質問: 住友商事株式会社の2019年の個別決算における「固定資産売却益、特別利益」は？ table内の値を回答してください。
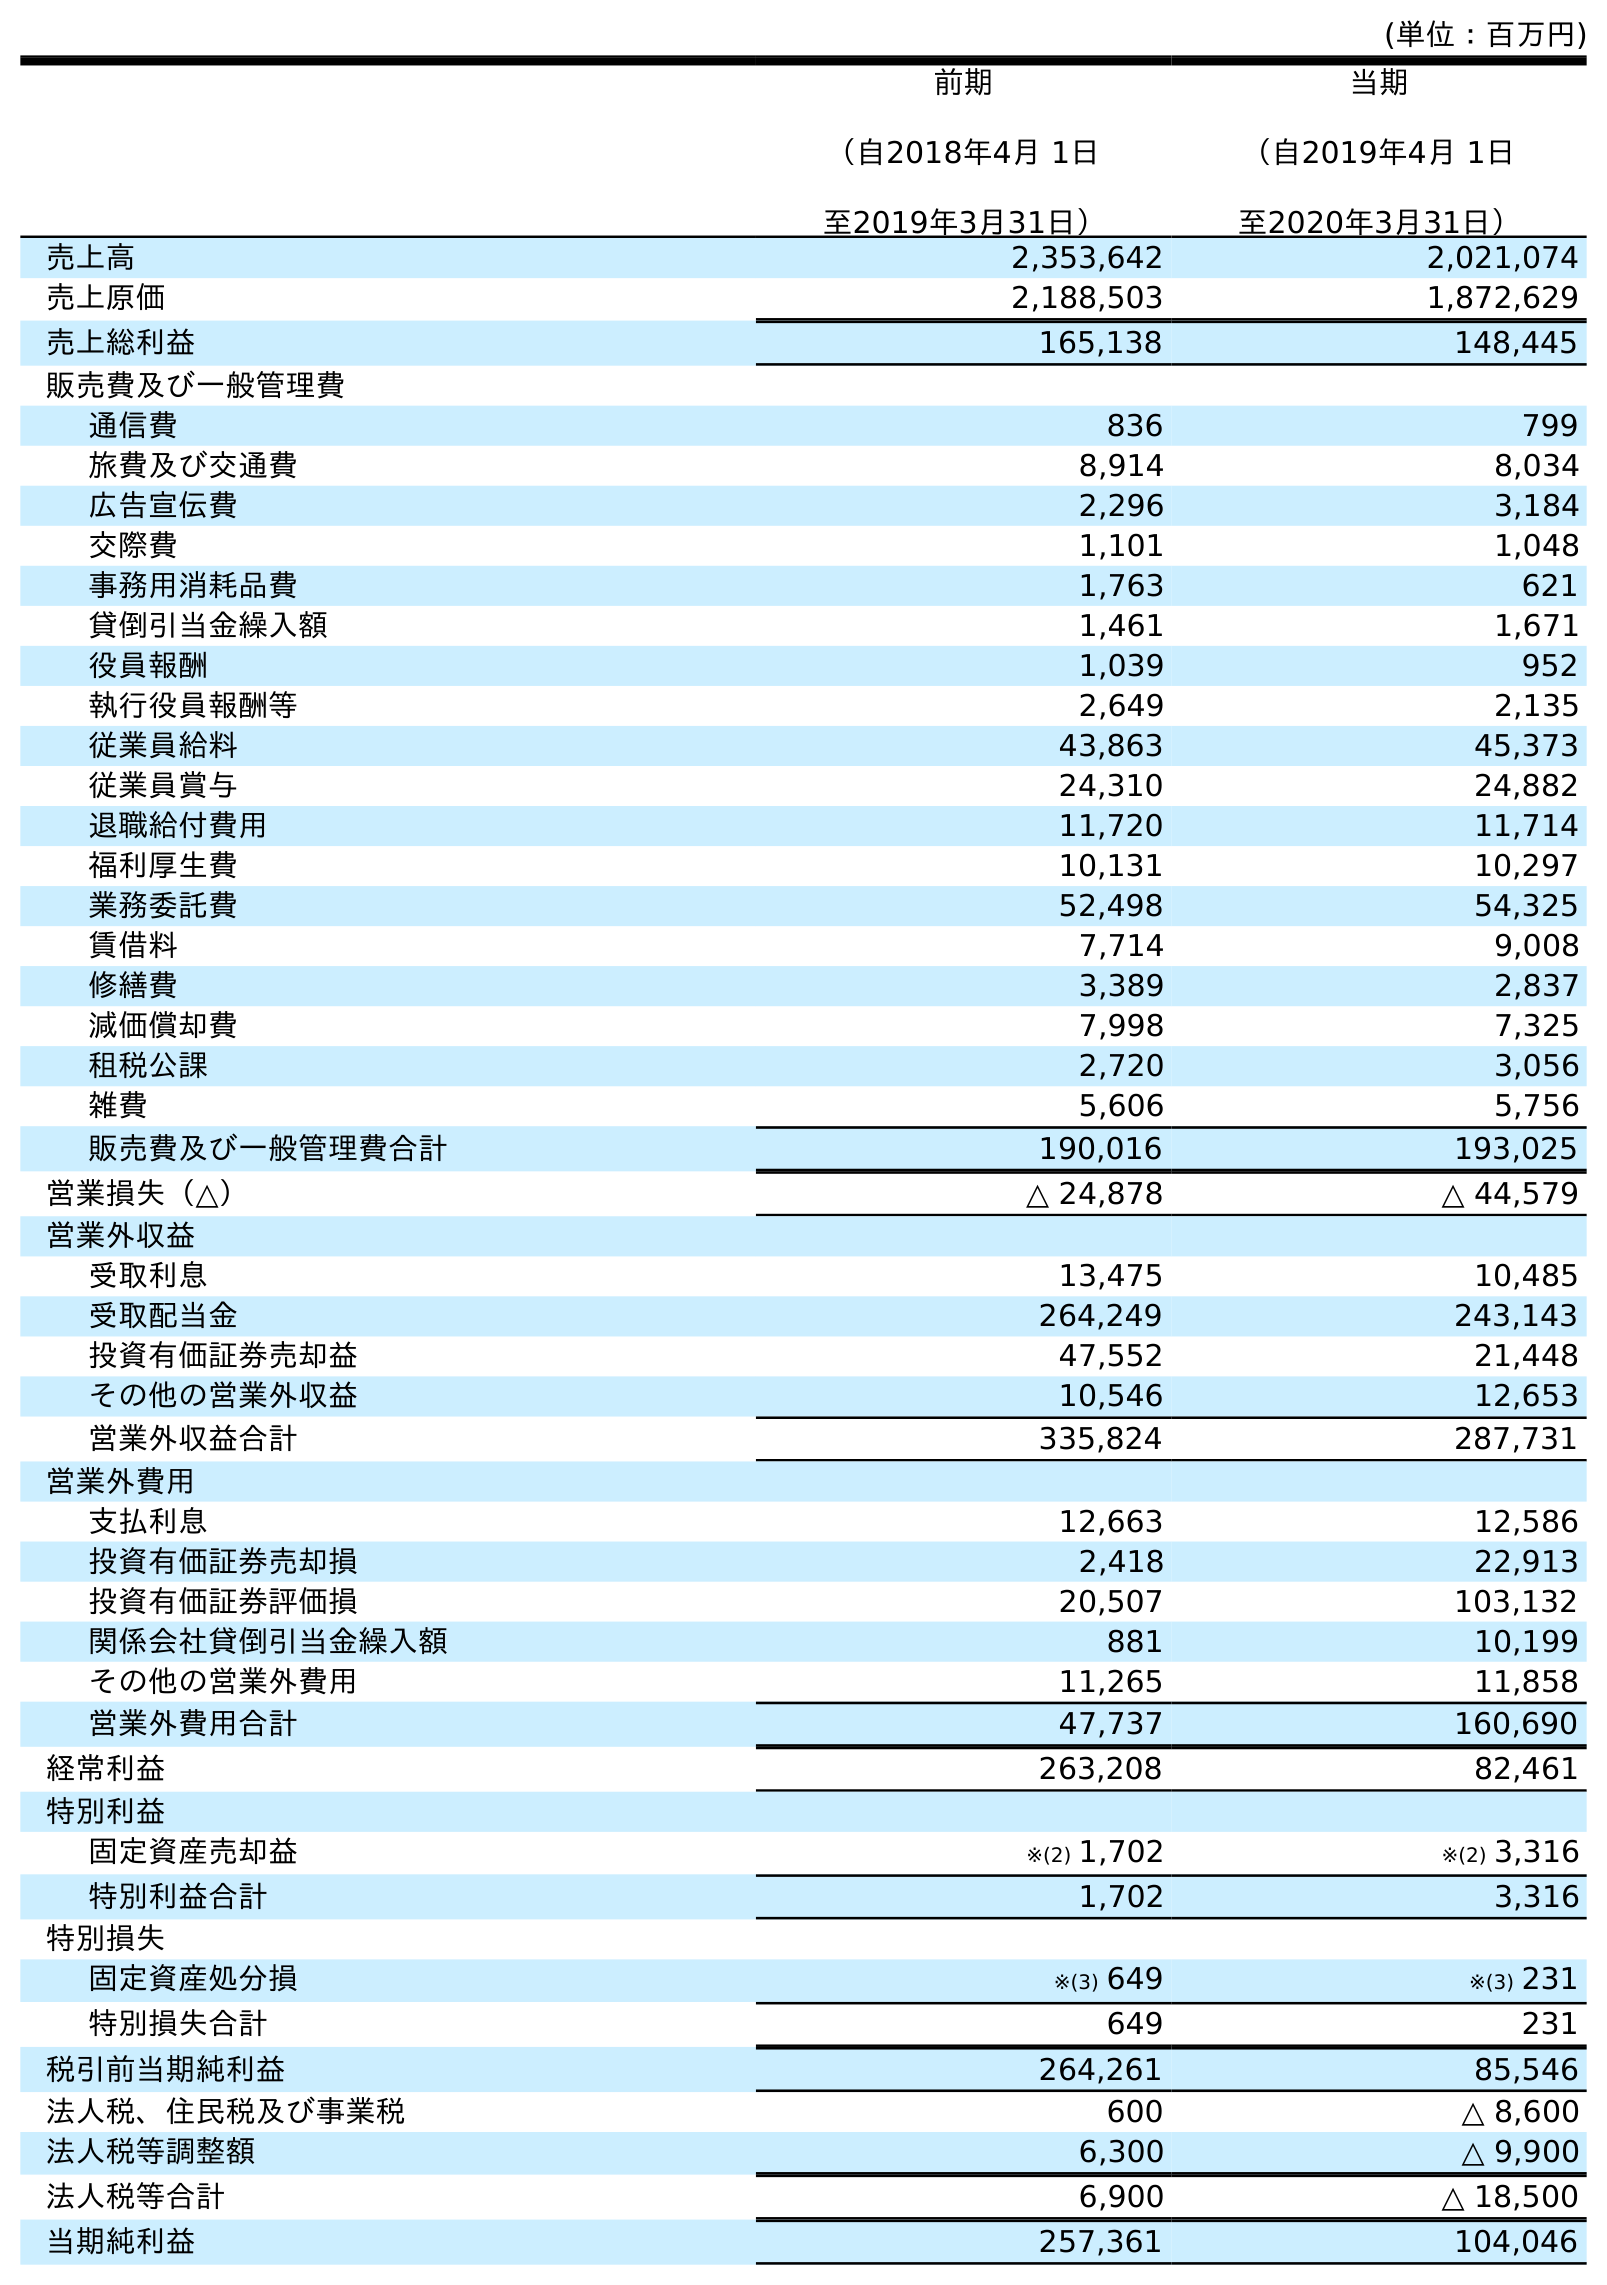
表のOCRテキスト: (単位：百万円) 前期 （自2018年4月 1日 至2019年3月31日） 当期 （自2019年4月 1日 至2020年3月31日） 売上高 2,353,642 2,021,074 売上原価 2,188,503 1,872,629 売上総利益 165,138 148,445 販売費及び一般管理費 通信費 836 799 旅費及び交通費 8,914 8,034 広告宣伝費 2,296 3,184 交際費 1,101 1,048 事務用消耗品費 1,763 621 貸倒引当金繰入額 1,461 1,671 役員報酬 1,039 952 執行役員報酬等 2,649 2,135 従業員給料 43,863 45,373 従業員賞与 24,310 24,882 退職給付費用 11,720 11,714 福利厚生費 10,131 10,297 業務委託費 52,498 54,325 賃借料 7,714 9,008 修繕費 3,389 2,837 減価償却費 7,998 7,325 租税公課 2,720 3,056 雑費 5,606 5,756 販売費及び一般管理費合計 190,016 193,025 営業損失（△） △ 24,878 △ 44,579 営業外収益 受取利息 13,475 10,485 受取配当金 264,249 243,143 投資有価証券売却益 47,552 21,448 その他の営業外収益 10,546 12,653 営業外収益合計 335,824 287,731 営業外費用 支払利息 12,663 12,586 投資有価証券売却損 2,418 22,913 投資有価証券評価損 20,507 103,132 関係会社貸倒引当金繰入額 881 10,199 その他の営業外費用 11,265 11,858 営業外費用合計 47,737 160,690 経常利益 263,208 82,461 特別利益 固定資産売却益 ※(2) 1,702 ※(2) 3,316 特別利益合計 1,702 3,316 特別損失 固定資産処分損 ※(3) 649 ※(3) 231 特別損失合計 649 231 税引前当期純利益 264,261 85,546 法人税、住民税及び事業税 600 △ 8,600 法人税等調整額 6,300 △ 9,900 法人税等合計 6,900 △ 18,500 当期純利益 257,361 104,046
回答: ※(2)1,702